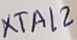
Text: XTAL2